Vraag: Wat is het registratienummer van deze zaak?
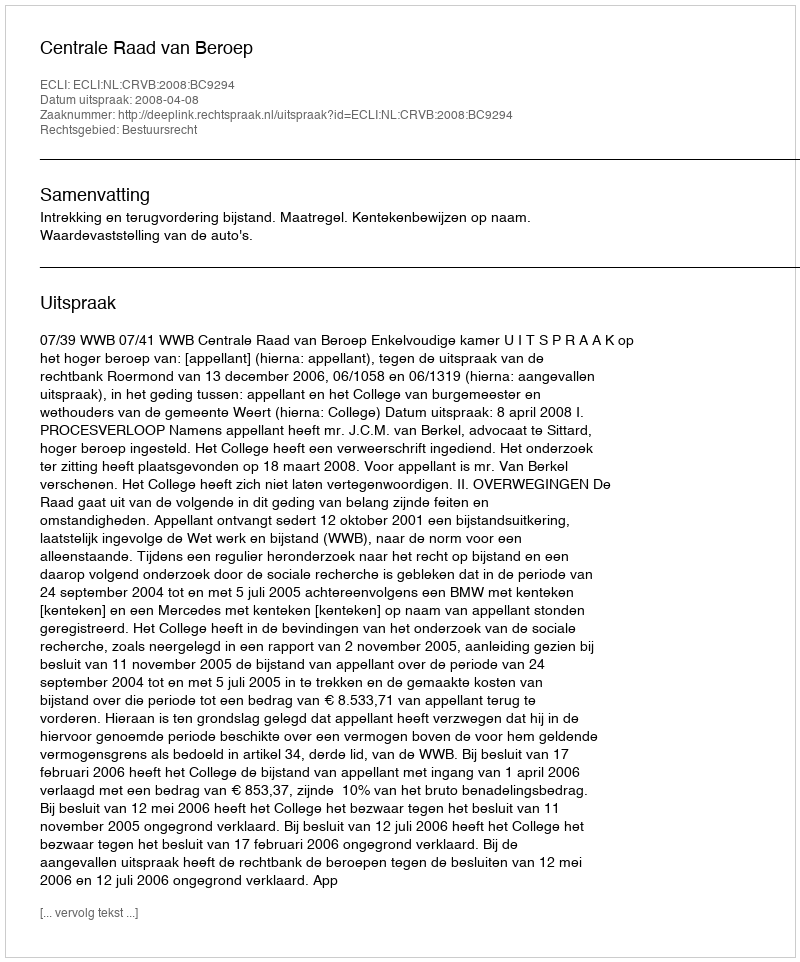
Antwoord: http://deeplink.rechtspraak.nl/uitspraak?id=ECLI:NL:CRVB:2008:BC9294